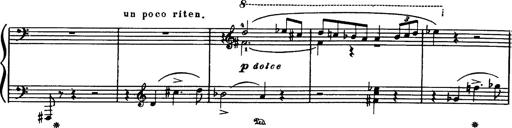
Title: Danza sacra e duetto finale dâ€™Aida
Composer: Franz Liszt